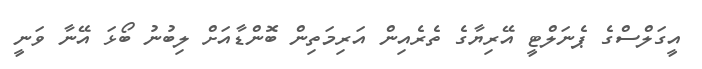
އީގަލްސްގެ ޕެނަލްޓީ އޭރިޔާގެ ތެރެއިން އަރިމަތިން ބޮންޑާއަށް ލިބުނު ބޯޅަ އޭނާ ވަނީ